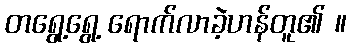
တရွေ့ရွေ့ ရောက်လာခဲ့ဟန်တူ၏ ။